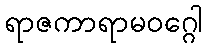
ရာဇကာရာမဝဂ္ဂေါ